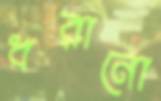
ধরানো